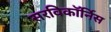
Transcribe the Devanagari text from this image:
सरविकॉर्निस